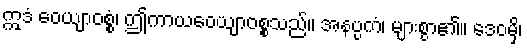
ဣဒံ ဝေယျာဝစ္စံ၊ ဤကာယဝေယျာဝစ္စသည်။ အနပ္ပကံ၊ များစွာ၏။ ဒေဝမှိ၊